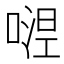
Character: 𭉴